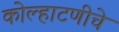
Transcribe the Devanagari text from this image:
कोल्हाटणीचे